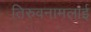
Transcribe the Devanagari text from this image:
तिरुवनामलाई